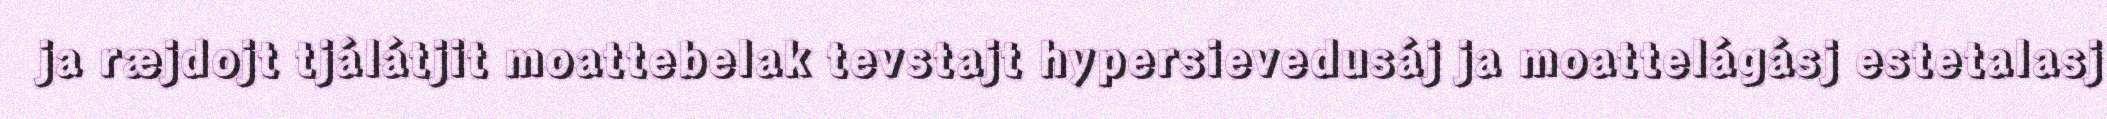
ja ræjdojt tjálátjit moattebelak tevstajt hypersievedusáj ja moattelágásj estetalasj